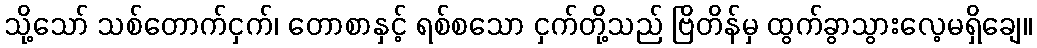
သို့သော် သစ်တောက်ငှက်၊ တောစာနှင့် ရစ်စသော ငှက်တို့သည် ဗြိတိန်မှ ထွက်ခွာသွားလေ့မရှိချေ။